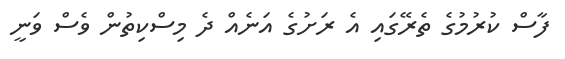
ފާސް ކުރުމުގެ ތެރޭގައި އެ ރަށުގެ އަނެއް ދެ މިސްކިތުން ވެސް ވަނީ